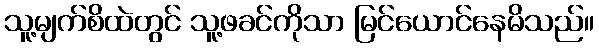
သူ့မျက်စိထဲတွင် သူ့ဖခင်ကိုသာ မြင်ယောင်နေမိသည်။